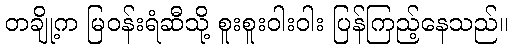
တချို့က မြဝန်းရံဆီသို့ စူးစူးဝါးဝါး ပြန်ကြည့်နေသည်။